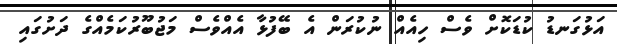
އަޅުގަނޑު ކުޑަކޮށް ވެސް ހިއެއް ނުކުރަން އެ ބޭފުޅާ އެއްވެސް މަޖުބޫރުކަމެއްގެ ދަށުގައި